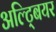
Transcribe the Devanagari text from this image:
अल्ट्बियर